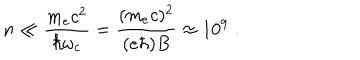
n \ll \frac { m _ { e } c ^ { 2 } } { \hbar \omega _ { c } } = \frac { ( m _ { e } c ) ^ { 2 } } { ( e \hbar ) B } \approx 1 0 ^ { 9 } \; .